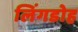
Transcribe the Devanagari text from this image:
लिंगडोह